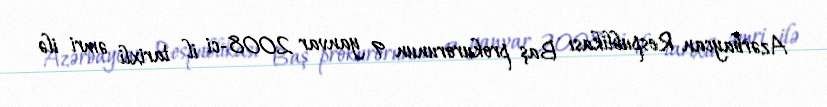
Azərbaycan Respublikası Baş prokurorunun 9 yanvar 2008-ci il tarixli əmri ilə